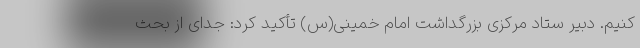
کنیم. دبیر ستاد مرکزی بزرگداشت امام خمینی(س) تأکید کرد: جدای از بحث